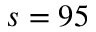
s = 9 5